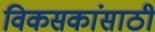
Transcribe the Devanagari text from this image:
विकसकांसाठी